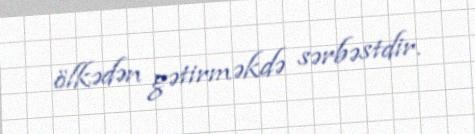
ölkədən gətirməkdə sərbəstdir.